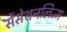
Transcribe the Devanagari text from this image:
सेंसेशनलिज्म